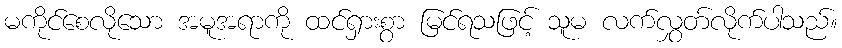
မကိုင်စေလိုသော အမူအရာကို ထင်ရှားစွာ မြင်ရသဖြင့် သူမ လက်လွှတ်လိုက်ပါသည်။